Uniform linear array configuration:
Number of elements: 32
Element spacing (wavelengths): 1
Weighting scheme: blackman
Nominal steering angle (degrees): -60
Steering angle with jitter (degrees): -60.226
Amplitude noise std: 0.05
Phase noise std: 0.05

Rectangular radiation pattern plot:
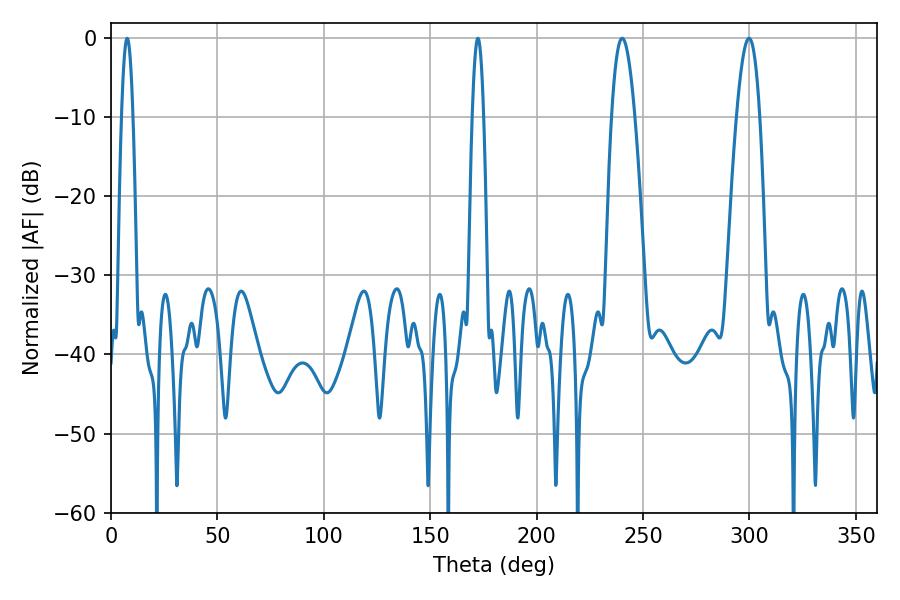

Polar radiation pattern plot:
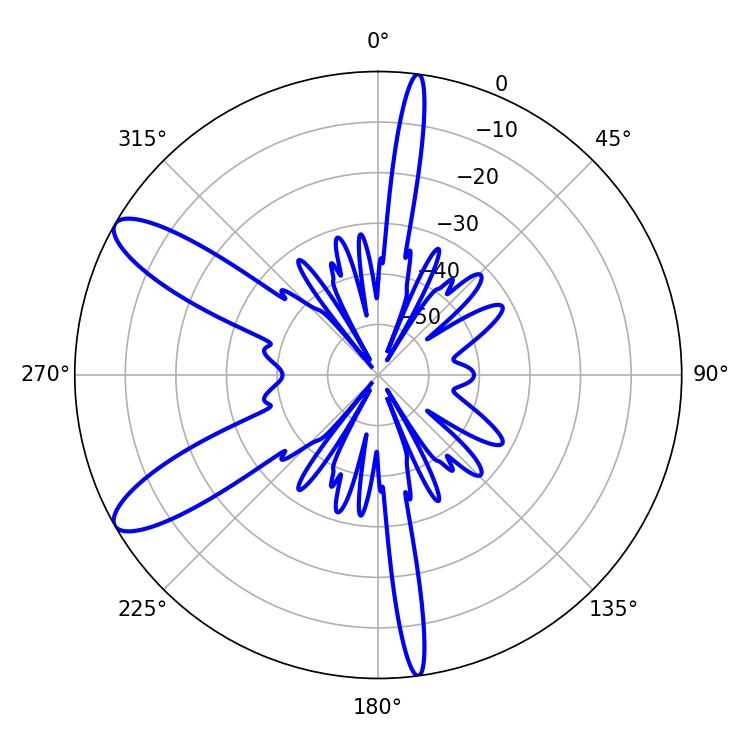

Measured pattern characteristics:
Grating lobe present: TRUE
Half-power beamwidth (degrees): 2.88
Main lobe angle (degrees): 7.56